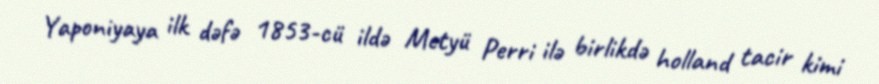
Yaponiyaya ilk dəfə 1853-cü ildə Metyü Perri ilə birlikdə holland tacir kimi